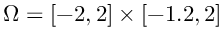
\Omega = [ - 2 , 2 ] \times [ - 1 . 2 , 2 ]